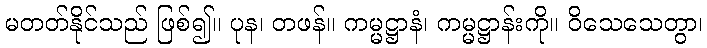
မတတ်နိုင်သည် ဖြစ်၍။ ပုန၊ တဖန်။ ကမ္မဋ္ဌာနံ၊ ကမ္မဋ္ဌာန်းကို။ ဝိသေသေတွာ၊